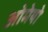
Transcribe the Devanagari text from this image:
ओमेयो